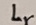
Text: Lr